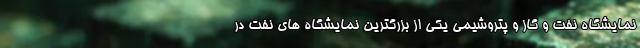
نمایشگاه نفت و گاز و پتروشیمی یکی از بزرگترین نمایشگاه های نفت در